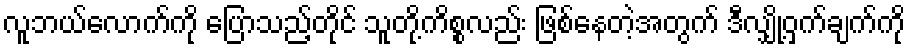
လူဘယ်လောက်ကို ပြောသည့်တိုင် သူတို့ကိစ္စလည်း ဖြစ်နေတဲ့အတွက် ဒီလျှို့ဝှက်ချက်ကို